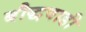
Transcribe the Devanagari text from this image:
बौद्धवाडी